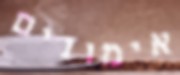
אימונים